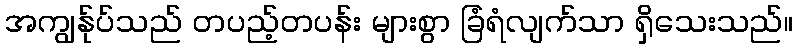
အကျွန်ုပ်သည် တပည့်တပန်း များစွာ ခြံရံလျက်သာ ရှိသေးသည်။